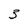
Character: 5